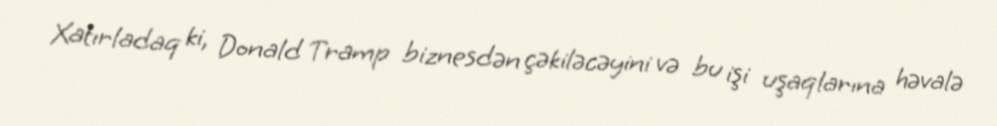
Xatırladaq ki, Donald Tramp biznesdən çəkiləcəyini və bu işi uşaqlarına həvalə